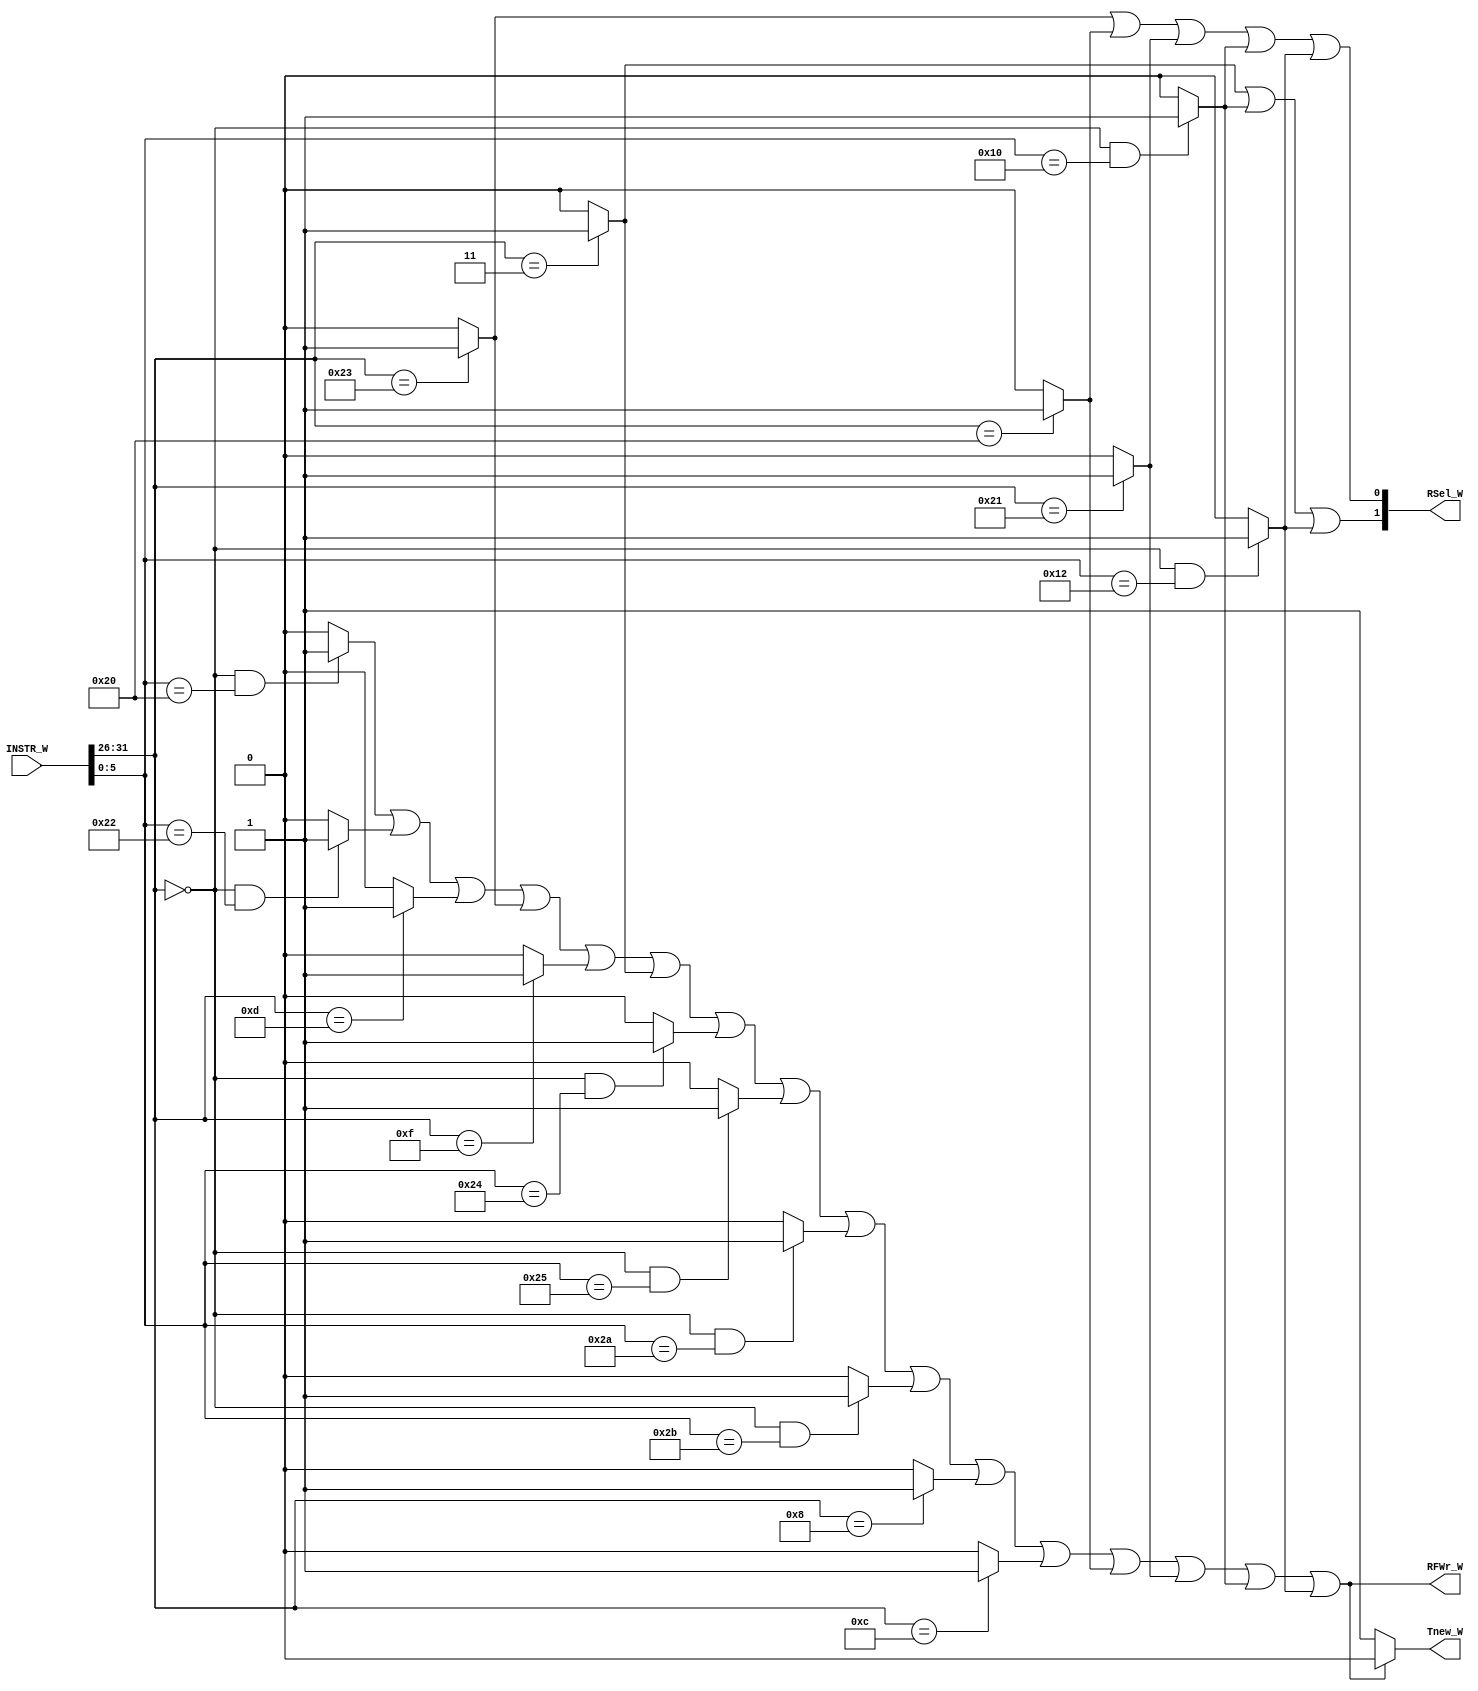
`timescale 1ns / 1ps
//////////////////////////////////////////////////////////////////////////////////
// Company: 
// Engineer: 
// 
// Design Name: 
// Module Name:    W_CONTROLLER 
// Project Name: 
// Target Devices: 
// Tool versions: 
// Description: 
//
// Dependencies: 
//
// Revision: 
// Revision 0.01 - File Created
// Additional Comments: 
//
//////////////////////////////////////////////////////////////////////////////////
module W_CONTROLLER(
    input [31:0] INSTR_W,
    output RFWr_W,
    output [1:0] RSel_W,
	 output Tnew_W
    );

wire add, sub, ori, lw, sw, lui, jal, jr, beq;
wire bne, andd, orr, slt, sltu, addi, andi;
wire lb, lh, sb, sh;
wire mult, multu, div, divu, mfhi, mflo, mthi, mtlo;

wire [5:0] opcode;
wire [5:0] func;

assign opcode = INSTR_W[31:26];
assign func = INSTR_W[5:0];

assign add = (opcode == 6'b000000 && func == 6'b100000)? 1 : 0;
assign sub = (opcode == 6'b000000 && func == 6'b100010)? 1 : 0;
assign ori = (opcode == 6'b001101)? 1 : 0;
assign lw = (opcode == 6'b100011)? 1 : 0;
assign sw = (opcode == 6'b101011)? 1 : 0;
assign beq = (opcode == 6'b000100)? 1 : 0;
assign lui = (opcode == 6'b001111)? 1 : 0;
assign jal = (opcode == 6'b000011)? 1 : 0;
assign jr = (opcode == 6'b000000 && func == 6'b001000)? 1 : 0;

assign bne = (opcode == 6'b000101)? 1 : 0;
assign andd = (opcode == 6'b000000 && func == 6'b100100)? 1 : 0;
assign orr = (opcode == 6'b000000 && func == 6'b100101)? 1 : 0;
assign slt = (opcode == 6'b000000 && func == 6'b101010)? 1 : 0;
assign sltu = (opcode == 6'b000000 && func == 6'b101011)? 1 : 0;
assign addi = (opcode == 6'b001000)? 1 : 0;
assign andi = (opcode == 6'b001100)? 1 : 0;

assign lb = (opcode == 6'b100000)? 1 : 0;
assign lh = (opcode == 6'b100001)? 1 : 0;
assign sb = (opcode == 6'b101000)? 1 : 0;
assign sh = (opcode == 6'b101001)? 1 : 0;

assign mult = (opcode == 6'b000000 && func == 6'b011000)? 1 : 0;
assign multu = (opcode == 6'b000000 && func == 6'b011001)? 1 : 0;
assign div = (opcode == 6'b000000 && func == 6'b011010)? 1 : 0;
assign divu = (opcode == 6'b000000 && func == 6'b011011)? 1 : 0;
assign mfhi = (opcode == 6'b000000 && func == 6'b010000)? 1 : 0;
assign mflo = (opcode == 6'b000000 && func == 6'b010010)? 1 : 0;
assign mthi = (opcode == 6'b000000 && func == 6'b010001)? 1 : 0;
assign mtlo = (opcode == 6'b000000 && func == 6'b010011)? 1 : 0;

assign RFWr_W = add | sub | ori | lw | lui | jal | andd | orr | slt | sltu | addi | andi | lb | lh | mfhi | mflo;
assign RSel_W[0] = lw | lb | lh | mfhi | mflo;
assign RSel_W[1] = jal | mfhi | mflo; 
assign Tnew_W = (add | sub | ori | lw | lui | jal | andd | orr | slt | sltu | addi | andi | lb | lh | mfhi | mflo == 1) ? 0 : 1;
endmodule